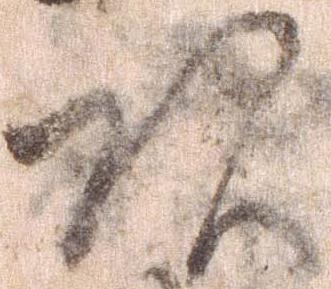
頭